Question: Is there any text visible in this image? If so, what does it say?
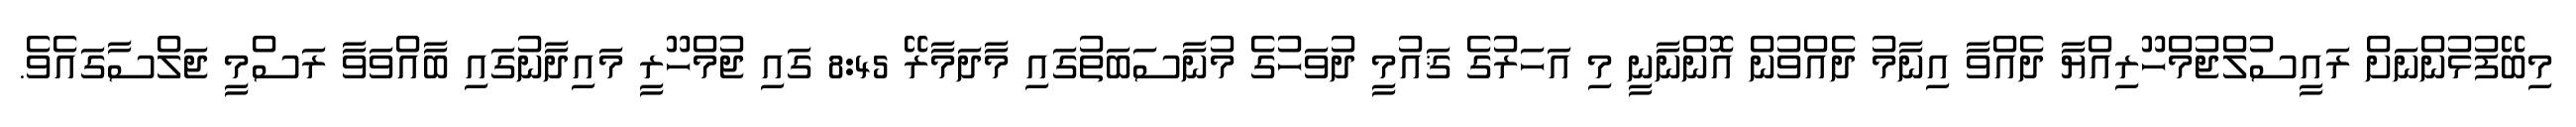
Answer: މިބޭފުޅުންނަށް ރައީސުލްޖުމްހޫރިއްޔާ ދެއްވާ އިނާމު ދެއްވުން އޮންނާނީ މި އަހަރުގެ ޤައުމީ ދުވަހުގެ މުނާސަބަތުގައި މާދަމާރޭ 8:45 ގައި ޖުމްހޫރީ މައިދާނުގައި ބާއްވަވާ ރަސްމީ ޖަލްސާގައެވެ.